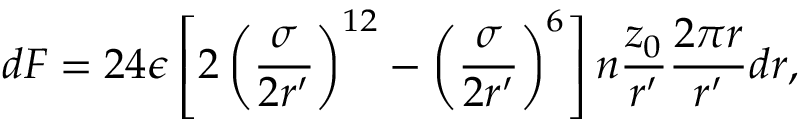
d F = 2 4 \epsilon \left[ 2 \left( \frac { \sigma } { 2 r ^ { \prime } } \right) ^ { 1 2 } - \left( \frac { \sigma } { 2 r ^ { \prime } } \right) ^ { 6 } \right] n \frac { z _ { 0 } } { r ^ { \prime } } \frac { 2 \pi r } { r ^ { \prime } } d r ,